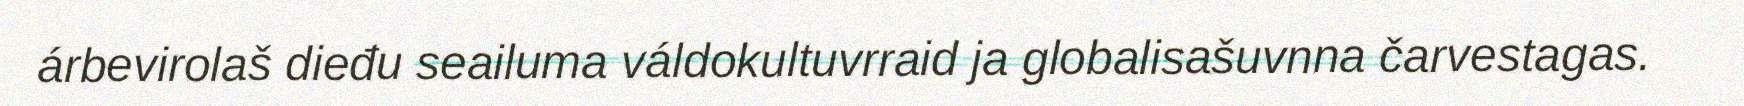
árbevirolaš dieđu seailuma váldokultuvrraid ja globalisašuvnna čarvestagas.